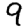
Digit: 9